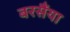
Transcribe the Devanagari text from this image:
बरसैंया